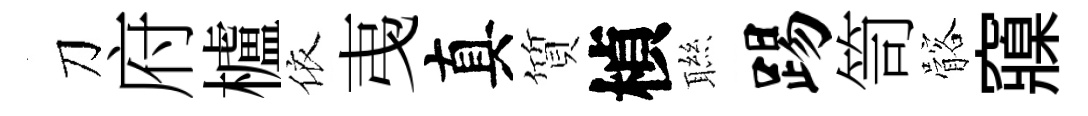
刀府櫨依𢎯真質楨聮踢笥髂䆿